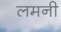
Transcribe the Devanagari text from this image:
लमनी